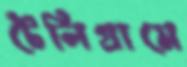
টেলিগ্রামে